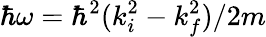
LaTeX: \hbar\omega=\hbar^{2}(k_{i}^{2}-k_{f}^{2})/2m